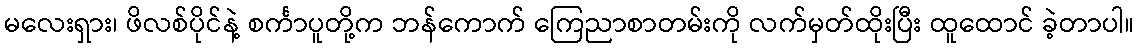
မလေးရှား၊ ဖိလစ်ပိုင်နဲ့ စင်္ကာပူတို့က ဘန်ကောက် ကြေညာစာတမ်းကို လက်မှတ်ထိုးပြီး ထူထောင် ခဲ့တာပါ။